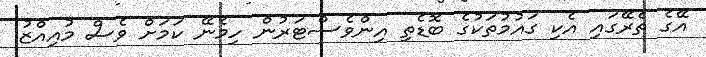
އޭގެ ތެރޭގައި އެކި ގައުމުތަކުގެ ބޮޑެތި އިންވެސްޓަރުން ހިމެނޭ ކަމަށް ވެސް މުއިއްޒު